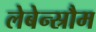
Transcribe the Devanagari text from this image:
लेबेन्स्रौम